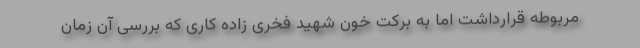
مربوطه قرارداشت اما به برکت خون شهید فخری زاده کاری که بررسی آن زمان